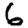
Digit: 6